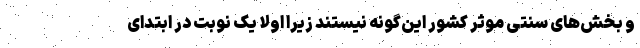
و بخش‌های سنتی موثر کشور این‌گونه نیستند زیرا اولا یک نوبت در ابتدای